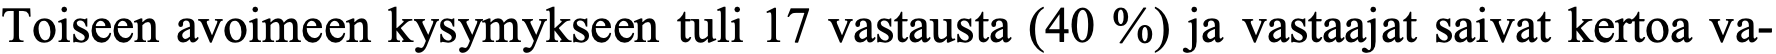
Toiseen avoimeen kysymykseen tuli 17 vastausta (40 %) ja vastaajat saivat kertoa va-